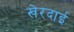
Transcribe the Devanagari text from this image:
खेरदाई